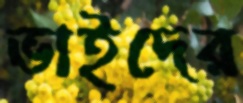
ভাইদের